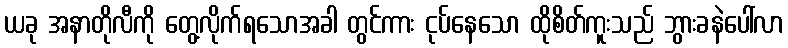
ယခု အနာတိုလီကို တွေ့လိုက်ရသောအခါ တွင်ကား ငုပ်နေသော ထိုစိတ်ကူးသည် ဘွားခနဲပေါ်လာ